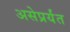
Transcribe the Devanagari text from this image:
असेप्रर्यंत